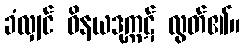
ခံလျှင် ဝိနယဒုက္ကဋ် လွတ်၏။